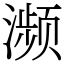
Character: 濒